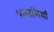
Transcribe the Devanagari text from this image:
पालसियों